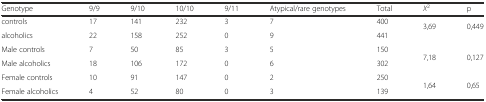
| Genotype | 9/9 | 9/10 | 10/10 | 9/11 | Atypical/rare genotypes | Total | Χ2 | p |
 | --- | --- | --- | --- | --- | --- | --- | --- | --- |
 | controls | 17 | 141 | 232 | 3 | 7 | 400 | <ROWSPAN=2> 3,69 | <ROWSPAN=2> 0,449 |
 | alcoholics | 22 | 158 | 252 | 0 | 9 | 441 |
 | Male controls | 7 | 50 | 85 | 3 | 5 | 150 | <ROWSPAN=2> 7,18 | <ROWSPAN=2> 0,127 |
 | Male alcoholics | 18 | 106 | 172 | 0 | 6 | 302 |
 | Female controls | 10 | 91 | 147 | 0 | 2 | 250 | <ROWSPAN=2> 1,64 | <ROWSPAN=2> 0,65 |
 | Female alcoholics | 4 | 52 | 80 | 0 | 3 | 139 |